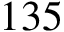
1 3 5